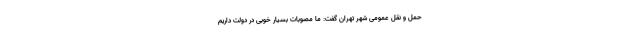
حمل و نقل عمومی شهر تهران گفت: ما مصوبات بسیار خوبی در دولت داریم